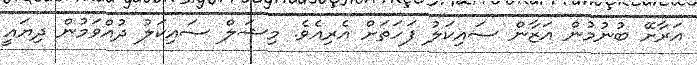
އަރާށޭ ބުނުމުން އަޒާން ސައިކަލު ފަހަތަށް އެރިއެވެ. މިޝަލް ސައިކަލު ދުއްވަމުން ދިޔައީ